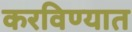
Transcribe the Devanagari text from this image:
करविण्यात